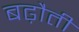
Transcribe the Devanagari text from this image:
बढ़ौती